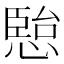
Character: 𭞏